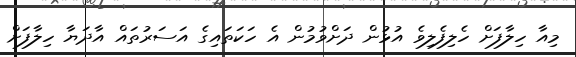
މިއާ ހިލާފަށް ހެލިފެލިވެ އުޅުން ދަށްވުމުން އެ ހަކަތައިގެ އަސަރުތައް އާދަޔާ ހިލާފަށް